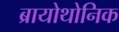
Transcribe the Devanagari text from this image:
ब्रायोथोनिक